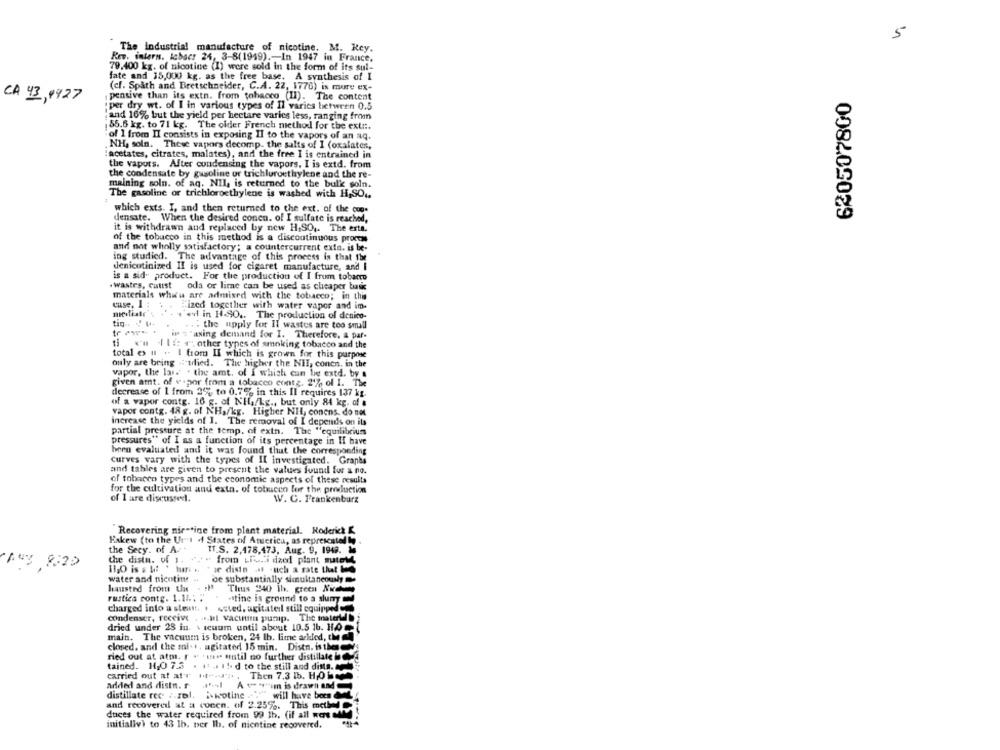
5
The industrial manufacture of nicotine. M. Key.
Kev. interns. lobacs 24, 3-8(1949) .- In 1947 in France,
79,400 kg. of nicotine (I) were sold in the form of its sul-
fate and 35,000 kg. as the free base. A synthesis of I
(cf. Spath and Bretschneider, C.A. 22, 1770) is more ex-
pensive than its extn. from tobacco (11). The content
620507800
CA 43,8927
iper dry wt. of I in various types of Il varies between 0.5
and 16% but the yield per hectare varies less, ranging from
55.6 kg. to 71 kg. The older French method for the ext ::.
of 1 from II consists in exposing II to the vapors of an aq.
NH, soln. These vapors decomp. the salts of I (oxalates,
:acetates, citrates, malates), and the free I is entrained in
the vapors. After condensing the vapors, I is extd. from
the condensate by gasoline or trichloroethylene and the re-
malning soln. of aq. NII, is returned to the bulk soln.
The gasoline or trichloroethylene is washed with H,SO ..
which exts. I, and then returned to the ext. of the con-
densate. When the desired conca. of I sulfate is reached,
it is withdrawn and replaced by new H,SO ,. The erta.
of the tobacco in this method is a discontinuous procos
and not wholly satisfactory; a countercurrent extn. is be-
ing studied. The advantage of this process is that the
denicotinized II is used for cigaret manufacture, and I
is a sid- product. For the production of I from tobacco
.wastes, Catist oda or lime can be used as cheaper buik
materials whi'u are admixed with the tobacco; in this
case, 1
Fized together with water vapor and im-
I'd in H.SO .. The production of denico-
tig .. .. .
: the upply for II wastes are too small
tr Pw .ip T'asing demand for I. Therefore, & paf.
x'n Ili: # other types of smoking tobacco and the
total es u . I from II which is grown for this purpose
ouly are being - ulied. The higher the NII, conen, in the
vapor, the las. . the amt, of I which can be extd. by a
given amt. of vapor from a tobacco conts. 2'%, of 1. The
decrease of 1 from 25% to 0.75% in this Il requires 137 kg.
of a vapor contg. 16 g. of NH,/Lg ., but only 84 kg. of a
vapor contg. 48 g. of NH./kg. Higher NH, conens. do not
increase the yields of 1. The removal of I depends on its
partial pressure at the temp. of extn. The "equilibrium
pressures" of I as a function of its percentage in If bave
heen evaluated and it was found that the corresponding
Curves vary with the types of II investigated. Graphs
and tables are given to present the values found for a no.
of tobacco types and the economic aspects of these results
for the cultivation and exta. of tobuceo for the production
of I are discussed.
W. C. Frankenburg
Recovering nir-tine from plant material. Roderick &
Bakew (to the Us"s +4 States of America, as represented In
the Secy. of A-
IT_S. 2,478,473, Aug. 9, 1948. 14
the distu. of 1.
from Libri dized plant mutet
puy 8:20
Je disin .al uch a rate that
water and nicotine -
de substantially simultaneously
hausted from the
Theas 240 Ih. green Nice
rustica contg. 1.14. . .
-stine is ground to a slump d
charged into a stean. . . sted, agitatedl still equipped
condenser, receive . .. Il vacuum pump. The matery
dried under 25 in \ scuum until about 10.5 16. 10
main. The vacuum is broken, 24 lb. lime arkdled, the ahl
closed, and the mit; agitated 15 min. Disto, is the
ried out at atm. r . " une mutil no further distillate bo
tained. 11.0 7.3 . .. I'd to the still and dista.
carried out at att it --:. , Then 7.3 lb. HOW
added and distn. r. 'I A verim is drawn and
distillate rec : rol. kotine . " will have been del
and recovered at a concn. of 2.25%. This mebel
duces the water required from 99 th. (if all were Med }
initialiv) to 43 1b. per Ih. of nicotine recovered.